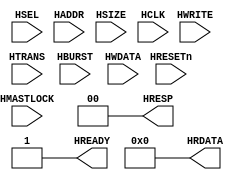
//`include "compile_param.v"
//`include "ahb_defines.v"

module AHB_DUMMY
(
  // --------------------------
  // Input pins: AHB signals //
  // --------------------------
  // Select
  input HSEL,
  // Address and control
  input [35:0] HADDR,
  input HWRITE,
  input [1:0] HTRANS,
  input [2:0] HSIZE,
  input [2:0] HBURST,
  // Data in
  input [63:0] HWDATA,
  // Reset and clock
  input HRESETn,
  input HCLK,
  input HMASTLOCK,
  // --------------
  // Output pins //
  // --------------
  // Transfer responses
  output HREADY,
  output [1:0] HRESP,
  // Data out
  
   output [63:0] HRDATA
);

assign HRESP=0;
assign HREADY=1;
assign HRDATA=0;

endmodule